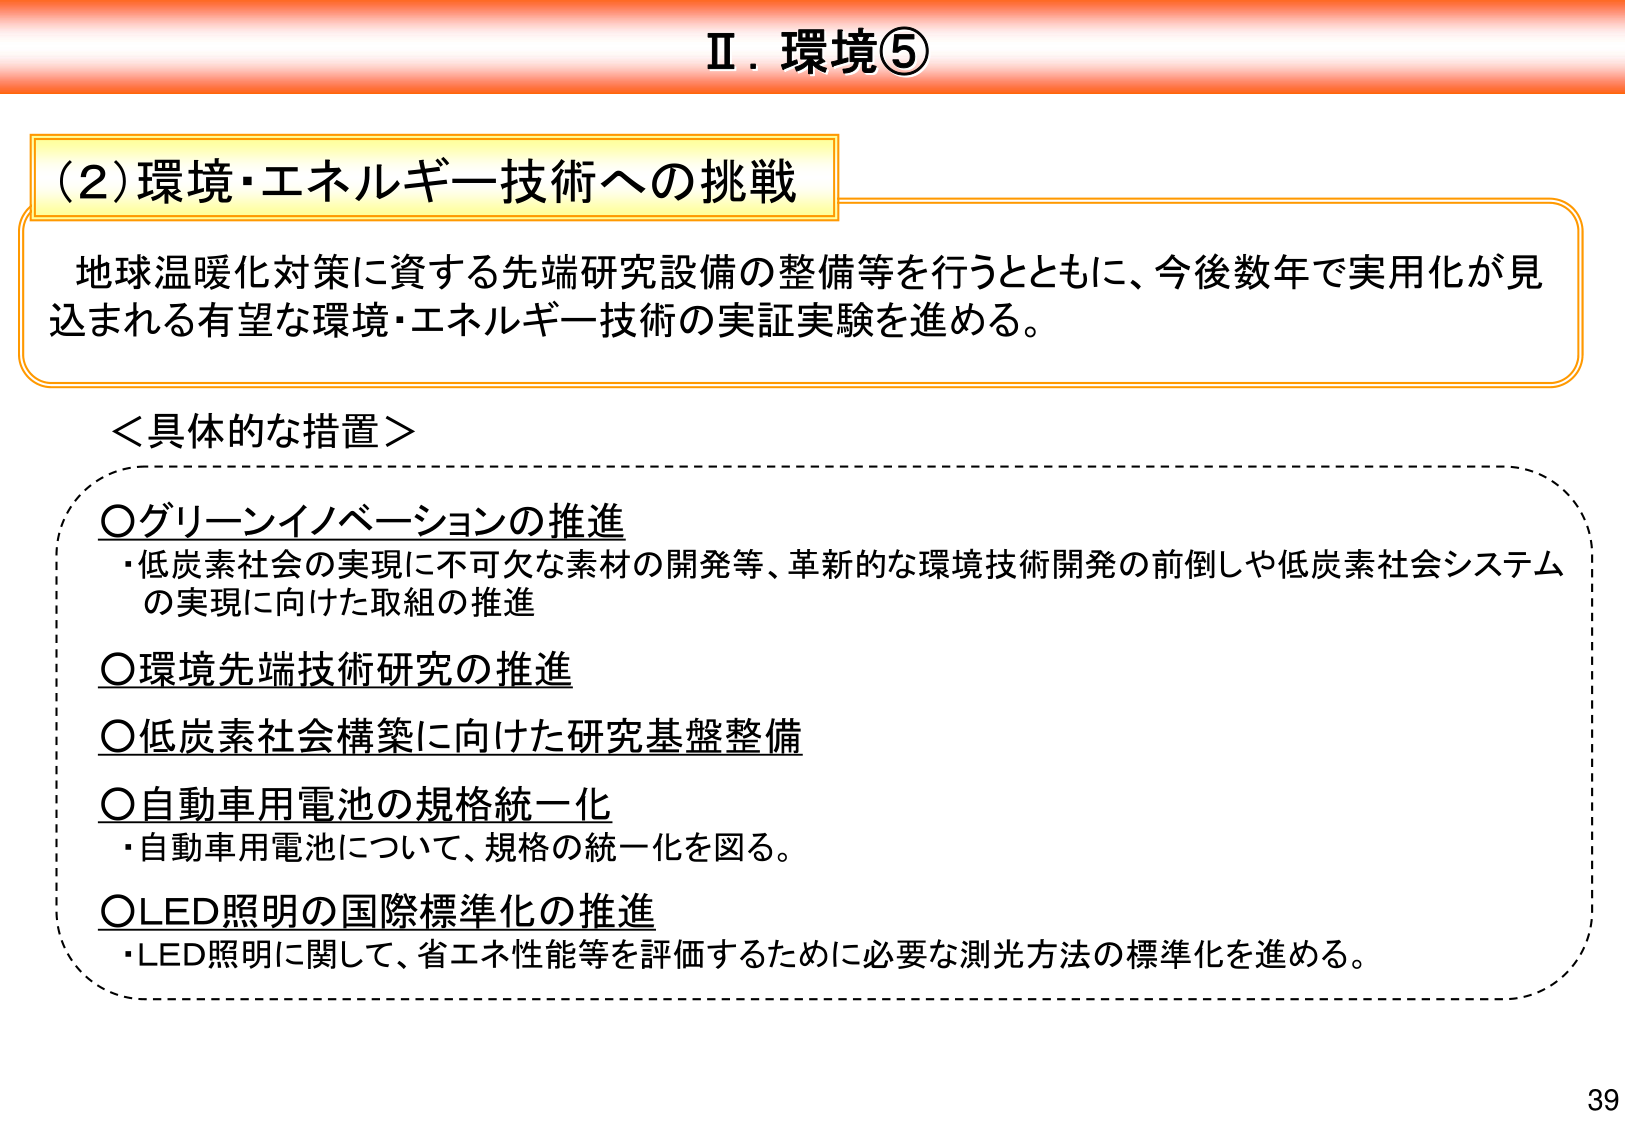
Ⅱ．環境⑤

（2）環境・エネルギー技術への挑戦

地球温暖化対策に資する先端研究設備の整備等を行うとともに、今後数年で実用化が見込まれる有望な環境・エネルギー技術の実証実験を進める。

＜具体的な措置＞

○グリーンイノベーションの推進
・低炭素社会の実現に不可欠な素材の開発等、革新的な環境技術開発の前倒しや低炭素社会システムの実現に向けた取組の推進

○環境先端技術研究の推進

○低炭素社会構築に向けた研究基盤整備

○自動車用電池の規格統一化
・自動車用電池について、規格の統一化を図る。

○LED照明の国際標準化の推進
・LED照明に関して、省エネ性能等を評価するために必要な測光方法の標準化を進める。

39